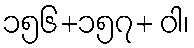
၁၅၆+၁၅၇+ ဝါ၊